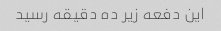
این دفعه زیر ده دقیقه رسید